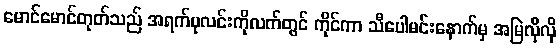
မောင်မောင်တုတ်သည် အရက်ပုလင်းကိုလက်တွင် ကိုင်ကာ သီပေါမင်းနောက်မှ အမြဲလိုလို